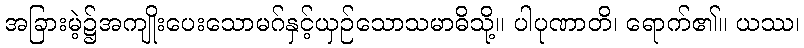
အခြားမဲ့၌အကျိုးပေးသောမဂ်နှင့်ယှဉ်သောသမာဓိသို့။ ပါပုဏာတိ၊ ရောက်၏။ ယဿ၊